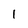
Character: 1